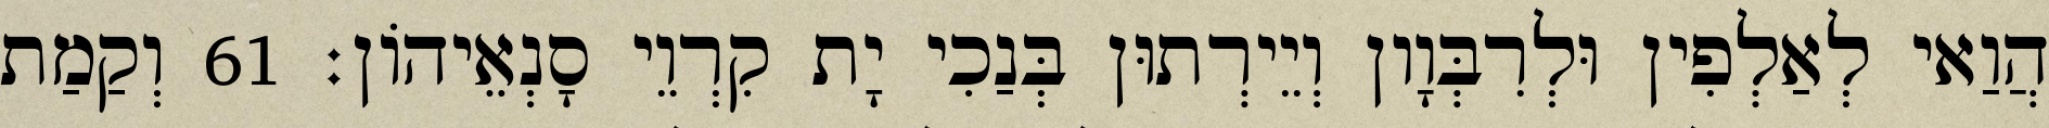
הֲוַאי לְאַלְפִין וּלְרִבְּוָון וְיֵירְתוּן בְּנַכִי יָת קִרְוֵי סָנְאֵיהוֹן׃ 61 וְקַמַת